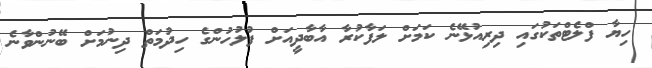
ހިޔާ ފްލެޓްތަކުގައި ދިރިއުޅޭނެ ކަމަށް ލަފާކުރާ އާބާދީއަށް ފުލުހުންގެ ހިދުމަތް ދިނުމަށް ބޭނުންވާނެ